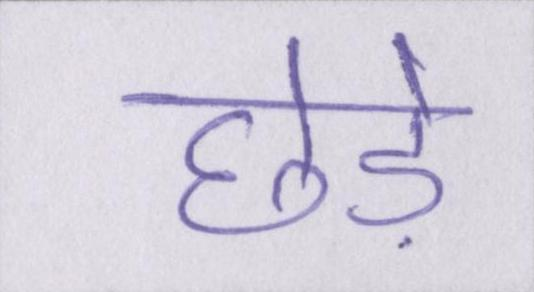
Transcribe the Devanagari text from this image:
छेड़े